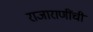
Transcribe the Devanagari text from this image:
राजाराणींची